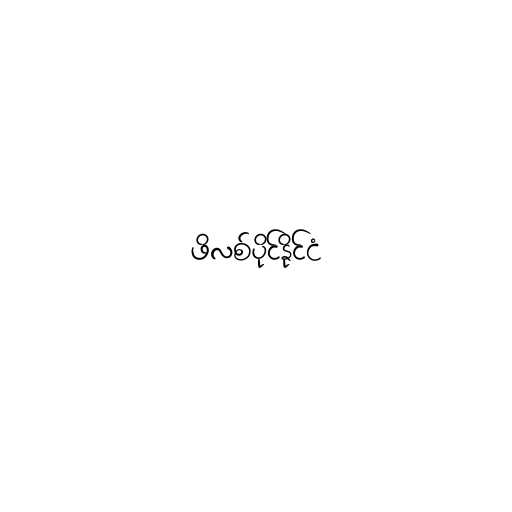
ဖိလစ်ပိုင်နိုင်ငံ